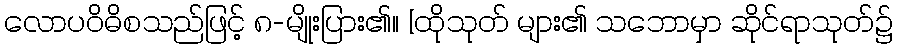
လောပဝိဓိစသည်ဖြင့် ၈-မျိုးပြား၏။ [ထိုသုတ် များ၏ သဘောမှာ ဆိုင်ရာသုတ်၌